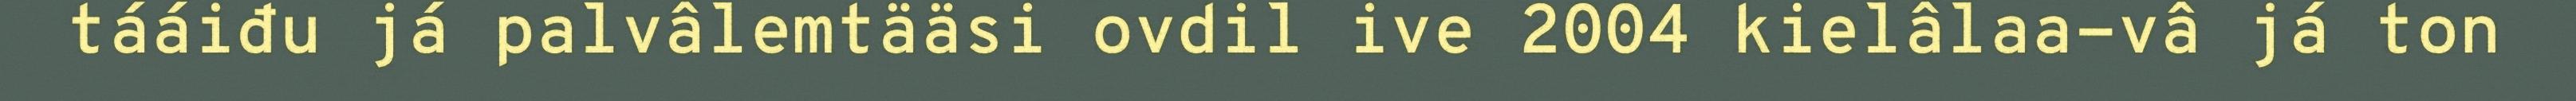
tááiđu já palvâlemtääsi ovdil ive 2004 kielâlaa-vâ já ton